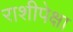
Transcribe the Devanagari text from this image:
राशीपेक्षा